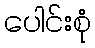
ပေါင်းစုံ